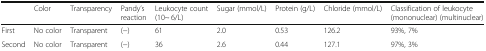
<table><thead><tr><td></td><td><b>Color</b></td><td><b>Transparency</b></td><td><b>Pandy’s reaction</b></td><td><b>Leukocyte count (10~ 6/L)</b></td><td><b>Sugar (mmol/L)</b></td><td><b>Protein (g/L)</b></td><td><b>Chloride (mmol/L)</b></td><td><b>Classification of leukocyte (mononuclear) (multinuclear)</b></td></tr></thead><tbody><tr><td>First</td><td>No color</td><td>Transparent</td><td>(−)</td><td>61</td><td>2.0</td><td>0.53</td><td>126.2</td><td>93%, 7%</td></tr><tr><td>Second</td><td>No color</td><td>Transparent</td><td>(−)</td><td>36</td><td>2.6</td><td>0.44</td><td>127.1</td><td>97%, 3%</td></tr></tbody></table>